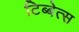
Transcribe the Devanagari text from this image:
टिब्बेत्स